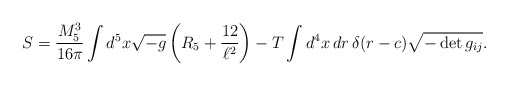
\begin{align*}S = \frac{M_5^3}{16\pi} \int d^5x \sqrt{-g} \left(R_5 + \frac{12}{\ell^2} \right)- T \int d^4x\, dr\, \delta(r-c) \sqrt{-\det g_{ij}}.\end{align*}